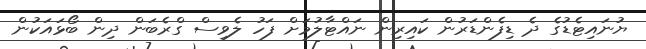
ޔުނައިޓެޑުގެ ދެ ޑިފެންޑަރުން ކައިރިން ނައްޓާލުމަށް ފަހު ލެވިސް ގްރެބަން ދިން ބޯޅައަކުން